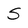
Character: S